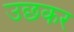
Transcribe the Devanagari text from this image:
उछकर